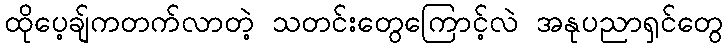
ထိုပေ့ချ်ကတက်လာတဲ့ သတင်းတွေကြောင့်လဲ အနုပညာရှင်တွေ